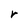
Character: r